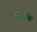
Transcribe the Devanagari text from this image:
५६१६६०